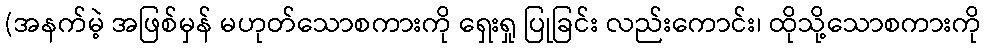
(အနက်မဲ့ အဖြစ်မှန် မဟုတ်သောစကားကို ရှေးရှု ပြုခြင်း လည်းကောင်း၊ ထိုသို့သောစကားကို